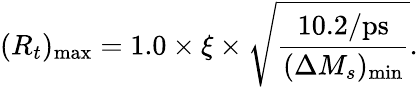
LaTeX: (R_{t})_{\mathrm{max}}=1.0\times\xi\times\sqrt{\frac{10.2/\mathrm{ps}}{(\Delta M_{s})_{\mathrm{min}}}}.